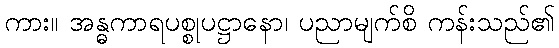
ကား။ အန္ဓကာရပစ္စုပဋ္ဌာနော၊ ပညာမျက်စိ ကန်းသည်၏